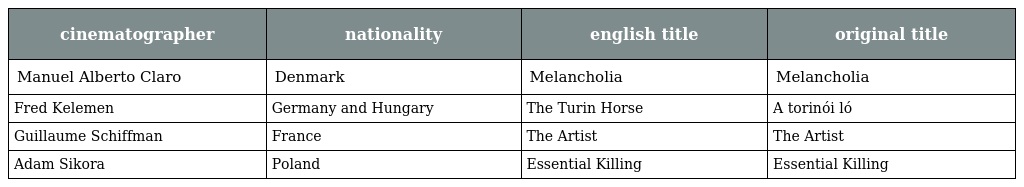
| cinematographer | nationality | english title | original title |
 | --- | --- | --- | --- |
 | Manuel Alberto Claro | Denmark | Melancholia | Melancholia |
 | Fred Kelemen | Germany and Hungary | The Turin Horse | A torinói ló |
 | Guillaume Schiffman | France | The Artist | The Artist |
 | Adam Sikora | Poland | Essential Killing | Essential Killing |